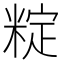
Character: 𬖣